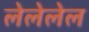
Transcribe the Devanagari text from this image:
लेलेलेल